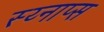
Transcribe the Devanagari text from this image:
स्य्नाप्स